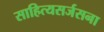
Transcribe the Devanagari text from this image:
साहित्यसर्जसना